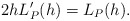
\begin{align*} \begin{aligned}2hL_P'(h)=L_P(h). \end{aligned} \end{align*}